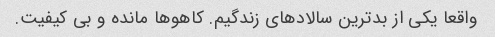
واقعا یکی از بدترین سالادهای زندگیم. کاهوها مانده و بی کیفیت.